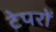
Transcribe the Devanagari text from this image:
टेपरों